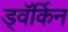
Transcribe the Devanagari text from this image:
ड्वॅर्किन